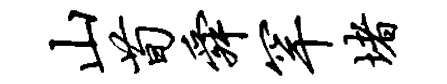
山荀舜罕堵